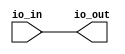
// This program was cloned from: https://github.com/sarfrazenator/Sarfraz_TinyTapeout
// License: Apache License 2.0

/* Automatically generated from https://wokwi.com/projects/339501025136214612 */

`default_nettype none

module user_module_339501025136214612(
  input [7:0] io_in,
  output [7:0] io_out
);
  wire net1 = io_in[0];
  wire net2 = io_in[1];
  wire net3 = io_in[2];
  wire net4 = io_in[3];
  wire net5 = io_in[4];
  wire net6 = io_in[5];
  wire net7 = io_in[6];
  wire net8 = io_in[7];
  wire net9 = 1'b0;
  wire net10 = 1'b1;
  wire net11 = 1'b1;

  assign io_out[0] = net1;
  assign io_out[1] = net2;
  assign io_out[2] = net3;
  assign io_out[3] = net4;
  assign io_out[4] = net5;
  assign io_out[5] = net6;
  assign io_out[6] = net7;
  assign io_out[7] = net8;

endmodule